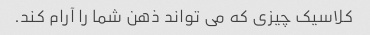
کلاسیک چیزی که می تواند ذهن شما را آرام کند.